Report on horse surra - Volume I
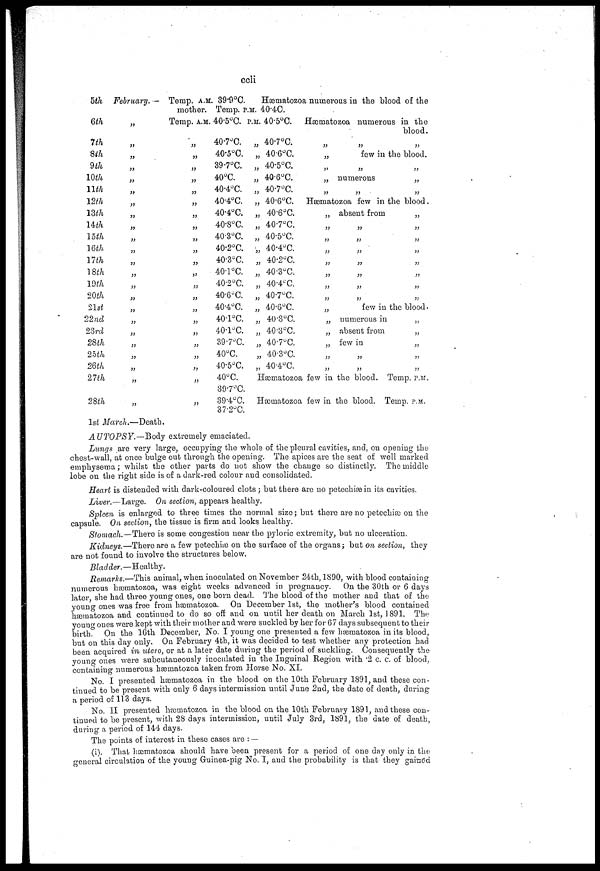
ccli
5th
6th
7th
8th
9th
10th
11th
12th
13th
14th
15th
16th
17th
18th
19th
20th
21st
22nd
23rd
28th
25th
26th
27th
28th
February. —
„
„
„
„
„
„
„
„
„
„
„
„
„
„
„
„
„
„
„
„
„
„
„
Temp. A.M. 39.9°C.
Hæmatozoa numerous in the blood of the
mother. Temp. P.M.. 40.4C.
Temp. A.M. 40.5°C. P.M. 40.5°C. Hæmatozoa numerous in the
blood.
„
„
„
„
„
„
„
„
„
„
„
„
„
„
„
„
„
„
„
„
„
„
40.7°C.
40.5°C.
39.7°C.
40°C.
40.4°C.
40.4°C.
40.4°C.
40.8°C.
40.3°C.
40.2°C.
40.3°C.
40.1°C.
40.2°C.
40.6°C.
40.4°C.
40.1°C.
40.1°C.
39.7°C.
40°C.
40.5°C.
40°C.
39.7°C.
39.4°C.
37.2°C.
„ 40.7°C.
„ 40.6°C.
„ 40.5°C.
„ 40.6°C.
„ 40.7°C.
„ 40.6°C.
„ 40.6°C.
„ 40.7°C.
„ 40.5°C.
„ 40.4°C.
„ 40.2°C.
„ 40.3°C.
„ 40.4°C.
„ 40.7°C.
„ 40.6°C.
„ 40.3°C.
„ 40.3°C.
„ 40.7°C.
„ 40.3°C.
„ 40.4°C.
„
„
„
„
„
„
„
few in the blood.
„
„
numerous
„
„
„
Hæmatozoa few in the blood.
„
„
„
„
„
„
„
„
„
„
„
„
„
„
absent from
„
„ „
„
„
„
„
„ „
„ „
„
„
„
„
few in the blood.
numerous in
„
absent from
„
few in
„
„
„
„
„
Hæmatozoa few in the blood. Temp. P.M.
Hæmatozoa few in the blood. Temp. P.M.
1st March.—Death.
AUTOPSY.—Body
extremely emaciated.
Lungs are very large, occupying the whole of the pleural cavities, and, on opening the
chest-wall, at once bulge out through the opening. The apices are the seat of well marked
emphysema; whilst the other parts do not show the change so distinctly. The middle
lobe on the right side is of a dark-red colour and consolidated.
Heart is distended with dark-coloured clots ; but there are no petechiæ in its cavities.
Liver.—Large.
On section, appears healthy.
Spleen is enlarged to three times the normal size; but there are no petechiæ on the
capsule. On section, the tissue is firm and looks healthy.
Stomach. — There is some congestion near the pyloric extremity, but no ulceration.
Kidneys.—There are a few petechiæ on the surface of the organs; but on section, they
are not found to involve the structures below.
Bladder.—Healthy.
Remarks.—This animal, when inoculated on November 24th, 1890, with blood containing
numerous hæmatozoa, was eight weeks advanced in pregnancy.
On the 30th or 6 days
later, she had three young ones, one born dead. The blood of the mother and that of the
young ones was free from hæmatozoa. On December 1st, the mother's blood contained
hæmatozoa and continued to do so off and on until her death on March 1st, 1891. The
young ones were kept with their mother and were suckled by her for 67 days subsequent to their
birth. On the 16th December, No. I young one presented a few hæmatozoa in its blood,
but on this day only. On February 4th, it was decided to test whether any protection had
been acquired in utero, or at a later date during the period of suckling. Consequently the
young ones were subcutaneously inoculated in the Inguinal Region with .2 c. c. of blood,
containing numerous hæmatozoa taken from Horse No. XI.
No. I presented hæmatozoa in the blood on the 10th February 1891, and these con-
tinued to be present with only 6 days intermission until June 2nd, the date of death, during
a period of 113 days.
No. II presented hæmatozoa in the blood on the 10th February 1891, and these con-
tinued to be present, with 28 days intermission, until July 3rd, 1891, the date of death,
during a period of 144 days.
The points of interest in these cases are : —
(i). That hæmatozoa should have been present for a period of one day only in the
general circulation of the young Guinea-pig No. I, and the probability is that they gained